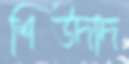
শিউদাদ